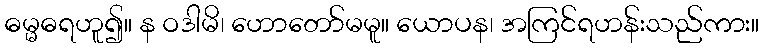
ဓမ္မဓရဟူ၍။ န ဝဒါမိ၊ ဟောတော်မမူ။ ယောပန၊ အကြင်ရဟန်းသည်ကား။